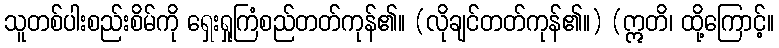
သူတစ်ပါးစည်းစိမ်ကို ရှေးရှုကြံစည်တတ်ကုန်၏။ (လိုချင်တတ်ကုန်၏။) (ဣတိ၊ ထို့ကြောင့်။